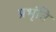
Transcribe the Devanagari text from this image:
प्रभृंति